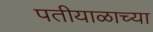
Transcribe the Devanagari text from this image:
पतीयाळाच्या